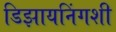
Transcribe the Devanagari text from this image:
डिझायनिंगशी